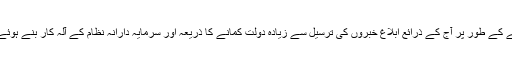
نتیجے کے طور پر آج کے ذرائع ابلاغ خبروں کی ترسیل سے زیادہ دولت کمانے کا ذریعہ اور سرمایہ دارانہ نظام کے آلہ کار بنے ہوئے ہیں۔